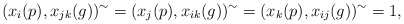
\begin{align*}(x_{i}(p), x_{jk}(g) )^\sim=(x_{j}(p), x_{ik}(g) )^\sim=(x_{k}(p), x_{ij}(g) )^\sim=1,\end{align*}